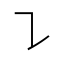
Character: ㇊